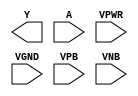
module sky130_fd_sc_hdll__inv (
    Y   ,
    A   ,
    VPWR,
    VGND,
    VPB ,
    VNB
);

    output Y   ;
    input  A   ;
    input  VPWR;
    input  VGND;
    input  VPB ;
    input  VNB ;
endmodule